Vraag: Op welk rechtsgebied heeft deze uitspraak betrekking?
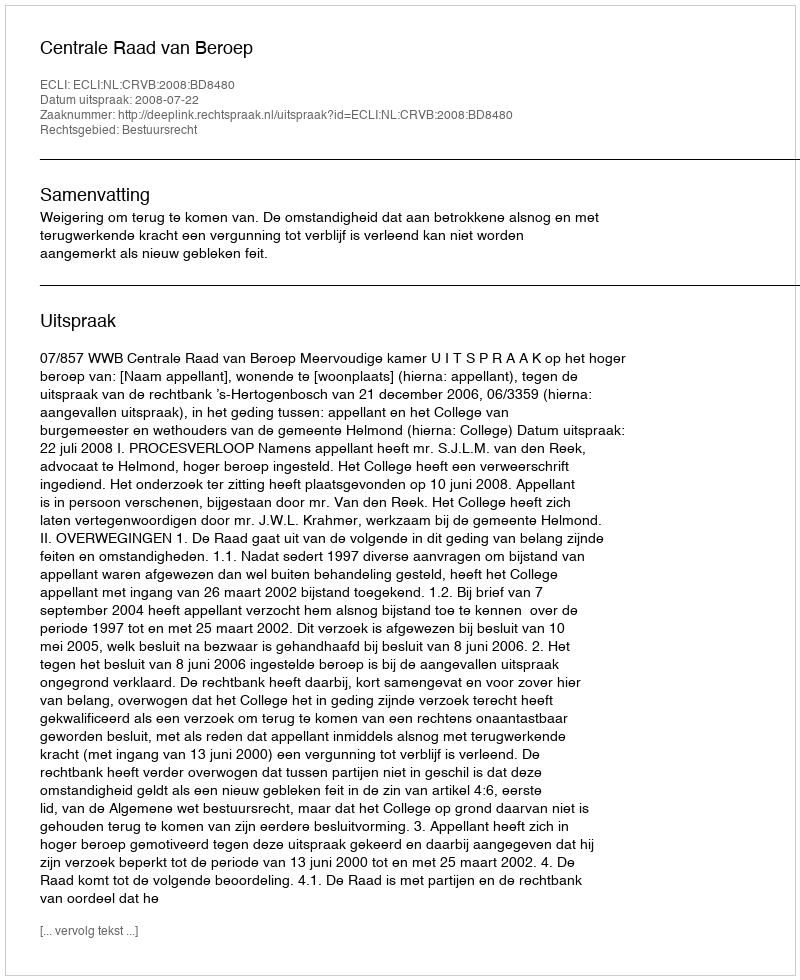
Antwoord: Bestuursrecht